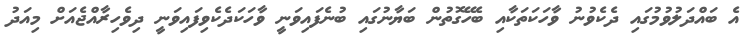
އެ ބައްދަލުވުމުގައި ދެކެވުނު ވާހަަކަތަކާއި ބެހޭގޮތުން ބަޔާނުގައި ބުނެފައިވަނީ ވާހަކަދެކެވިފައިވަނީ ދިވެހިރާއްޖެއަށް މިއަދު